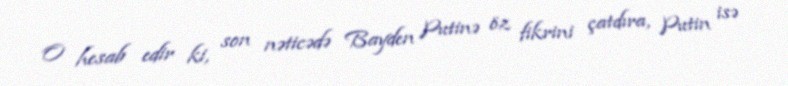
O hesab edir ki, son nəticədə Bayden Putinə öz fikrini çatdıra, Putin isə